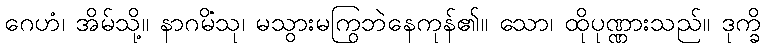
ဂေဟံ၊ အိမ်သို့။ နာဂမိံသု၊ မသွားမကြွဘဲနေကုန်၏။ သော၊ ထိုပုဏ္ဏားသည်။ ဒုက္ခိ